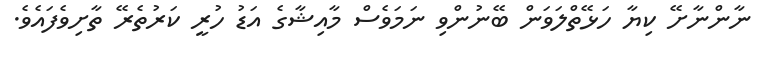
ނާންނާށޭ ކިޔާ ހަޅޭތްލަވަން ބޭނުންވި ނަމަވެސް މާއިޝާގެ އަޑު ހުރީ ކަރުތެރޭ ތާށިވެފައެވެ.